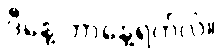
ဒီနေ့ ဘာနေ့ရက်လဲ။